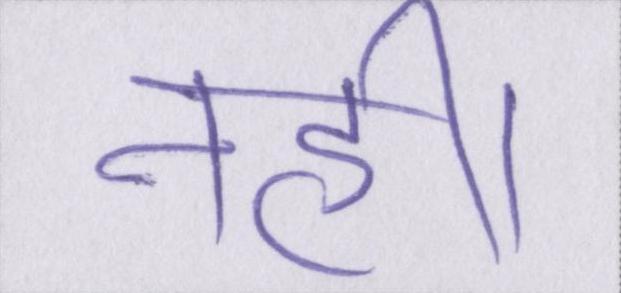
नहीं।